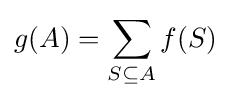
g(A)=\sum _{S\subseteq A}f(S)